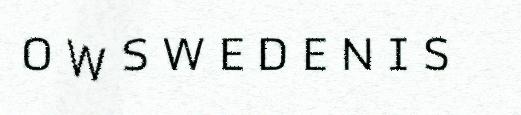
O W S W E D E N I S